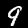
Label: 9